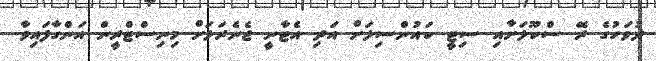
ދުވަހުގެ ރޭ ސްކޫލަށާއި ސިޓީ ކައުންސިލަށް އަދި އެޓާނީ ޖެނެރަލަށް މިނިސްޓްރީން އަންގާފައިވާ